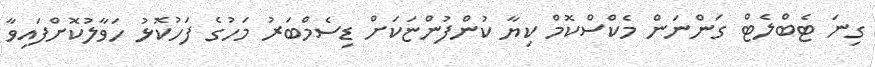
ގިނަ ޓެބްލެޓް ގަންނަން މެކްސްކޮމް ކިޔާ ކުންފުންޏަކަށް ޑިސެމްބަރު މަހުގެ ފަހުކޮޅު ހަވާލުކޮށްފައިވާ